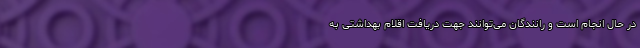
در حال انجام است و رانندگان می‌توانند جهت دریافت اقلام بهداشتی به